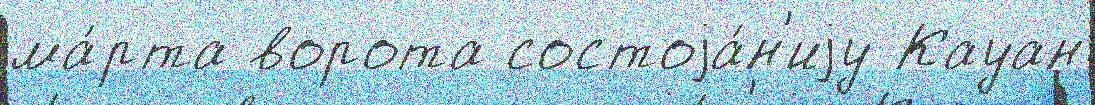
ма́рта ворота состоjа́н'иjу Кауан